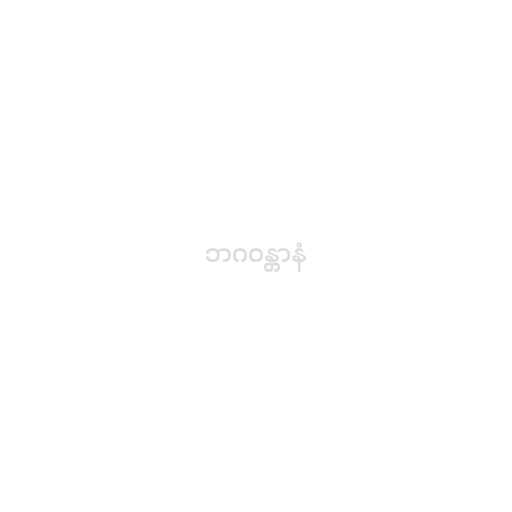
ဘဂဝန္တာနံ